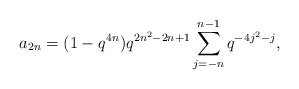
\begin{align*} a_{2n} = (1-q^{4n})q^{2n^2-2n+1}\sum_{j=-n}^{n-1}q^{-4j^2-j}, \end{align*}